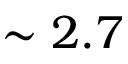
\sim 2 . 7